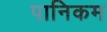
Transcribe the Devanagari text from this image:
पानिकम